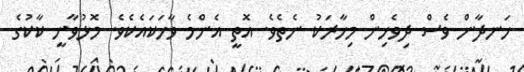
ހަނދާން ވެސް ދިވެހިން މިހާރަކު ނެތެވެ. އޮތީ އެންމެ ވާހަކައެކެވެ. މޮޅުވާނީ ކާކުގެ